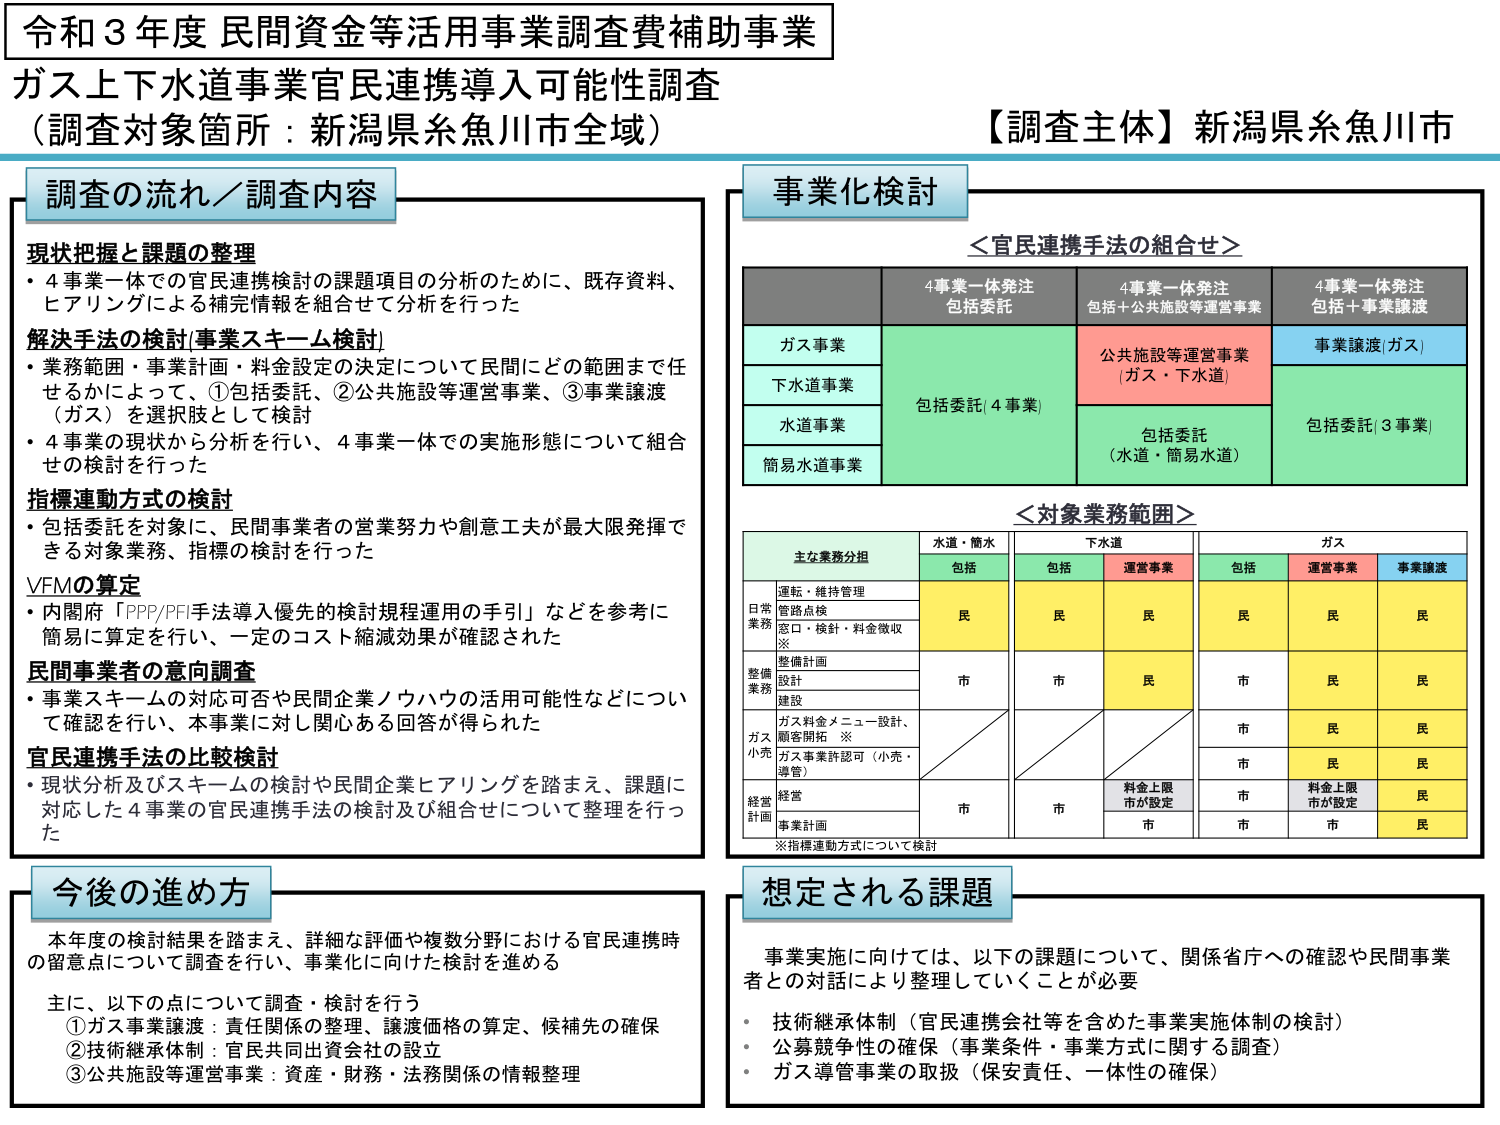
令和３年度 民間資金等活用事業調査費補助事業
ガス上下水道事業官民連携導入可能性調査
（調査対象箇所：新潟県糸魚川市全域）

【調査主体】新潟県糸魚川市

調査の流れ／調査内容

現状把握と課題の整理
・4事業一体での官民連携検討の課題項目の分析のために、既存資料、
ヒアリングによる補完情報を組合せて分析を行った

解決手法の検討[事業スキーム検討]
・業務範囲・事業計画・料金設定の決定について民間にどの範囲まで任
せるかによって、①包括委託、②公共施設等運営事業、③事業譲渡
（ガス）を選択肢として検討
・4事業の現状から分析を行い、4事業一体での実施形態について組合
せの検討を行った

指標連動方式の検討
・包括委託を対象に、民間事業者の営業努力や創意工夫が最大限揮発で
きる対象業務、指標の検討を行った

VFMの算定
・内閣府「PPP/PFI手法導入優先の検討規程運用の手引」などを参考に
簡易に算定を行い、一定のコスト縮減効果が確認された

民間事業者の意向調査
・事業スキームの対応可否や民間企業ノウハウの活用可能性などについ
て確認を行い、本事業に対し関心ある回答が得られた

官民連携手法の比較検討
・現状分析及びスキームの検討や民間企業ヒアリングを踏まえ、課題に
対応した4事業の官民連携手法の検討及び組合せについて整理を行っ
た

事業化検討

＜官民連携手法の組合せ＞

4事業一体発注
包括委託

4事業一体発注
包括＋公共施設等運営事業

4事業一体発注
包括＋事業譲渡

ガス事業
包括委託（4事業）
公共施設等運営事業
（ガス・下水道）
事業譲渡（ガス）

下水道事業

水道事業
包括委託（水道・簡易水道）
包括委託（3事業）

簡易水道事業

＜対象業務範囲＞

主な業務分担
水道・簡水
下水道
ガス

包括
包括
運営事業
包括
運営事業
事業譲渡

日常業務
運転・維持管理
民
民
民
民
民
民
管路点検
窓口・検針・料金徴収
※

整備業務
整備計画
市
市
民
市
民
民
設計
建設

ガス小売
ガス料金メニュー設計、
顧客開拓 ※
市
民
民
ガス事業許認可（小売・
導管）
市
民
民

経営計画
経営
市
市
料金上限
市が設定
市
料金上限
市が設定
民
事業計画
市
市
民

※指標連動方式について検討

今後の進め方

本年度の検討結果を踏まえ、詳細な評価や複数分野における官民連携時
の留意点について調査を行い、事業化に向けた検討を進める

主に、以下の点について調査・検討を行う
①ガス事業譲渡：責任関係の整理、譲渡価格の算定、候補先の確保
②技術継承体制：官民共同出資会社の設立
③公共施設等運営事業：資産・財務・法務関係の情報整理

想定される課題

事業実施に向けては、以下の課題について、関係省庁への確認や民間事業
者との対話により整理していくことが必要
・技術継承体制（官民連携会社等を含めた事業実施体制の検討）
・公募競争性の確保（事業条件・事業方式に関する調査）
・ガス導管事業の取扱（保安責任、一体性の確保）